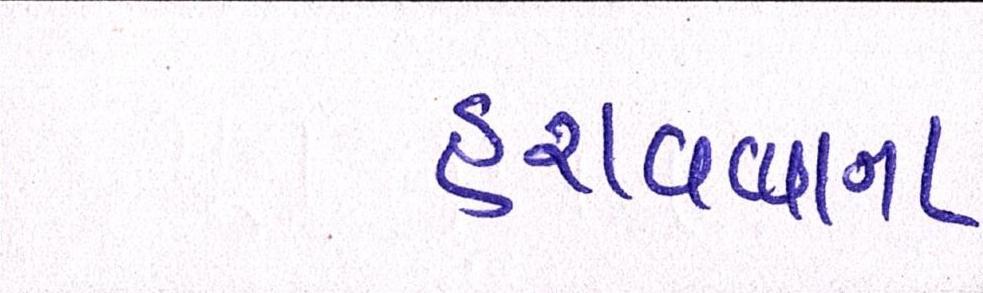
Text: હરાવવાના